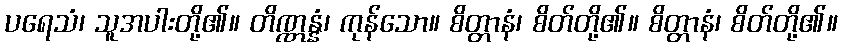
ပရေသံ၊ သူအပါးတို့၏။ တိဏ္ဏန္နံ၊ ကုန်သော။ စိတ္တာနံ၊ စိတ်တို့၏။ စိတ္တာနံ၊ စိတ်တို့၏။